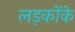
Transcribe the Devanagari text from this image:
लड़कोंके